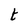
Character: t